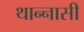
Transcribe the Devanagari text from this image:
थान्नासी